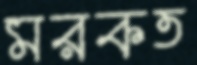
মরকত